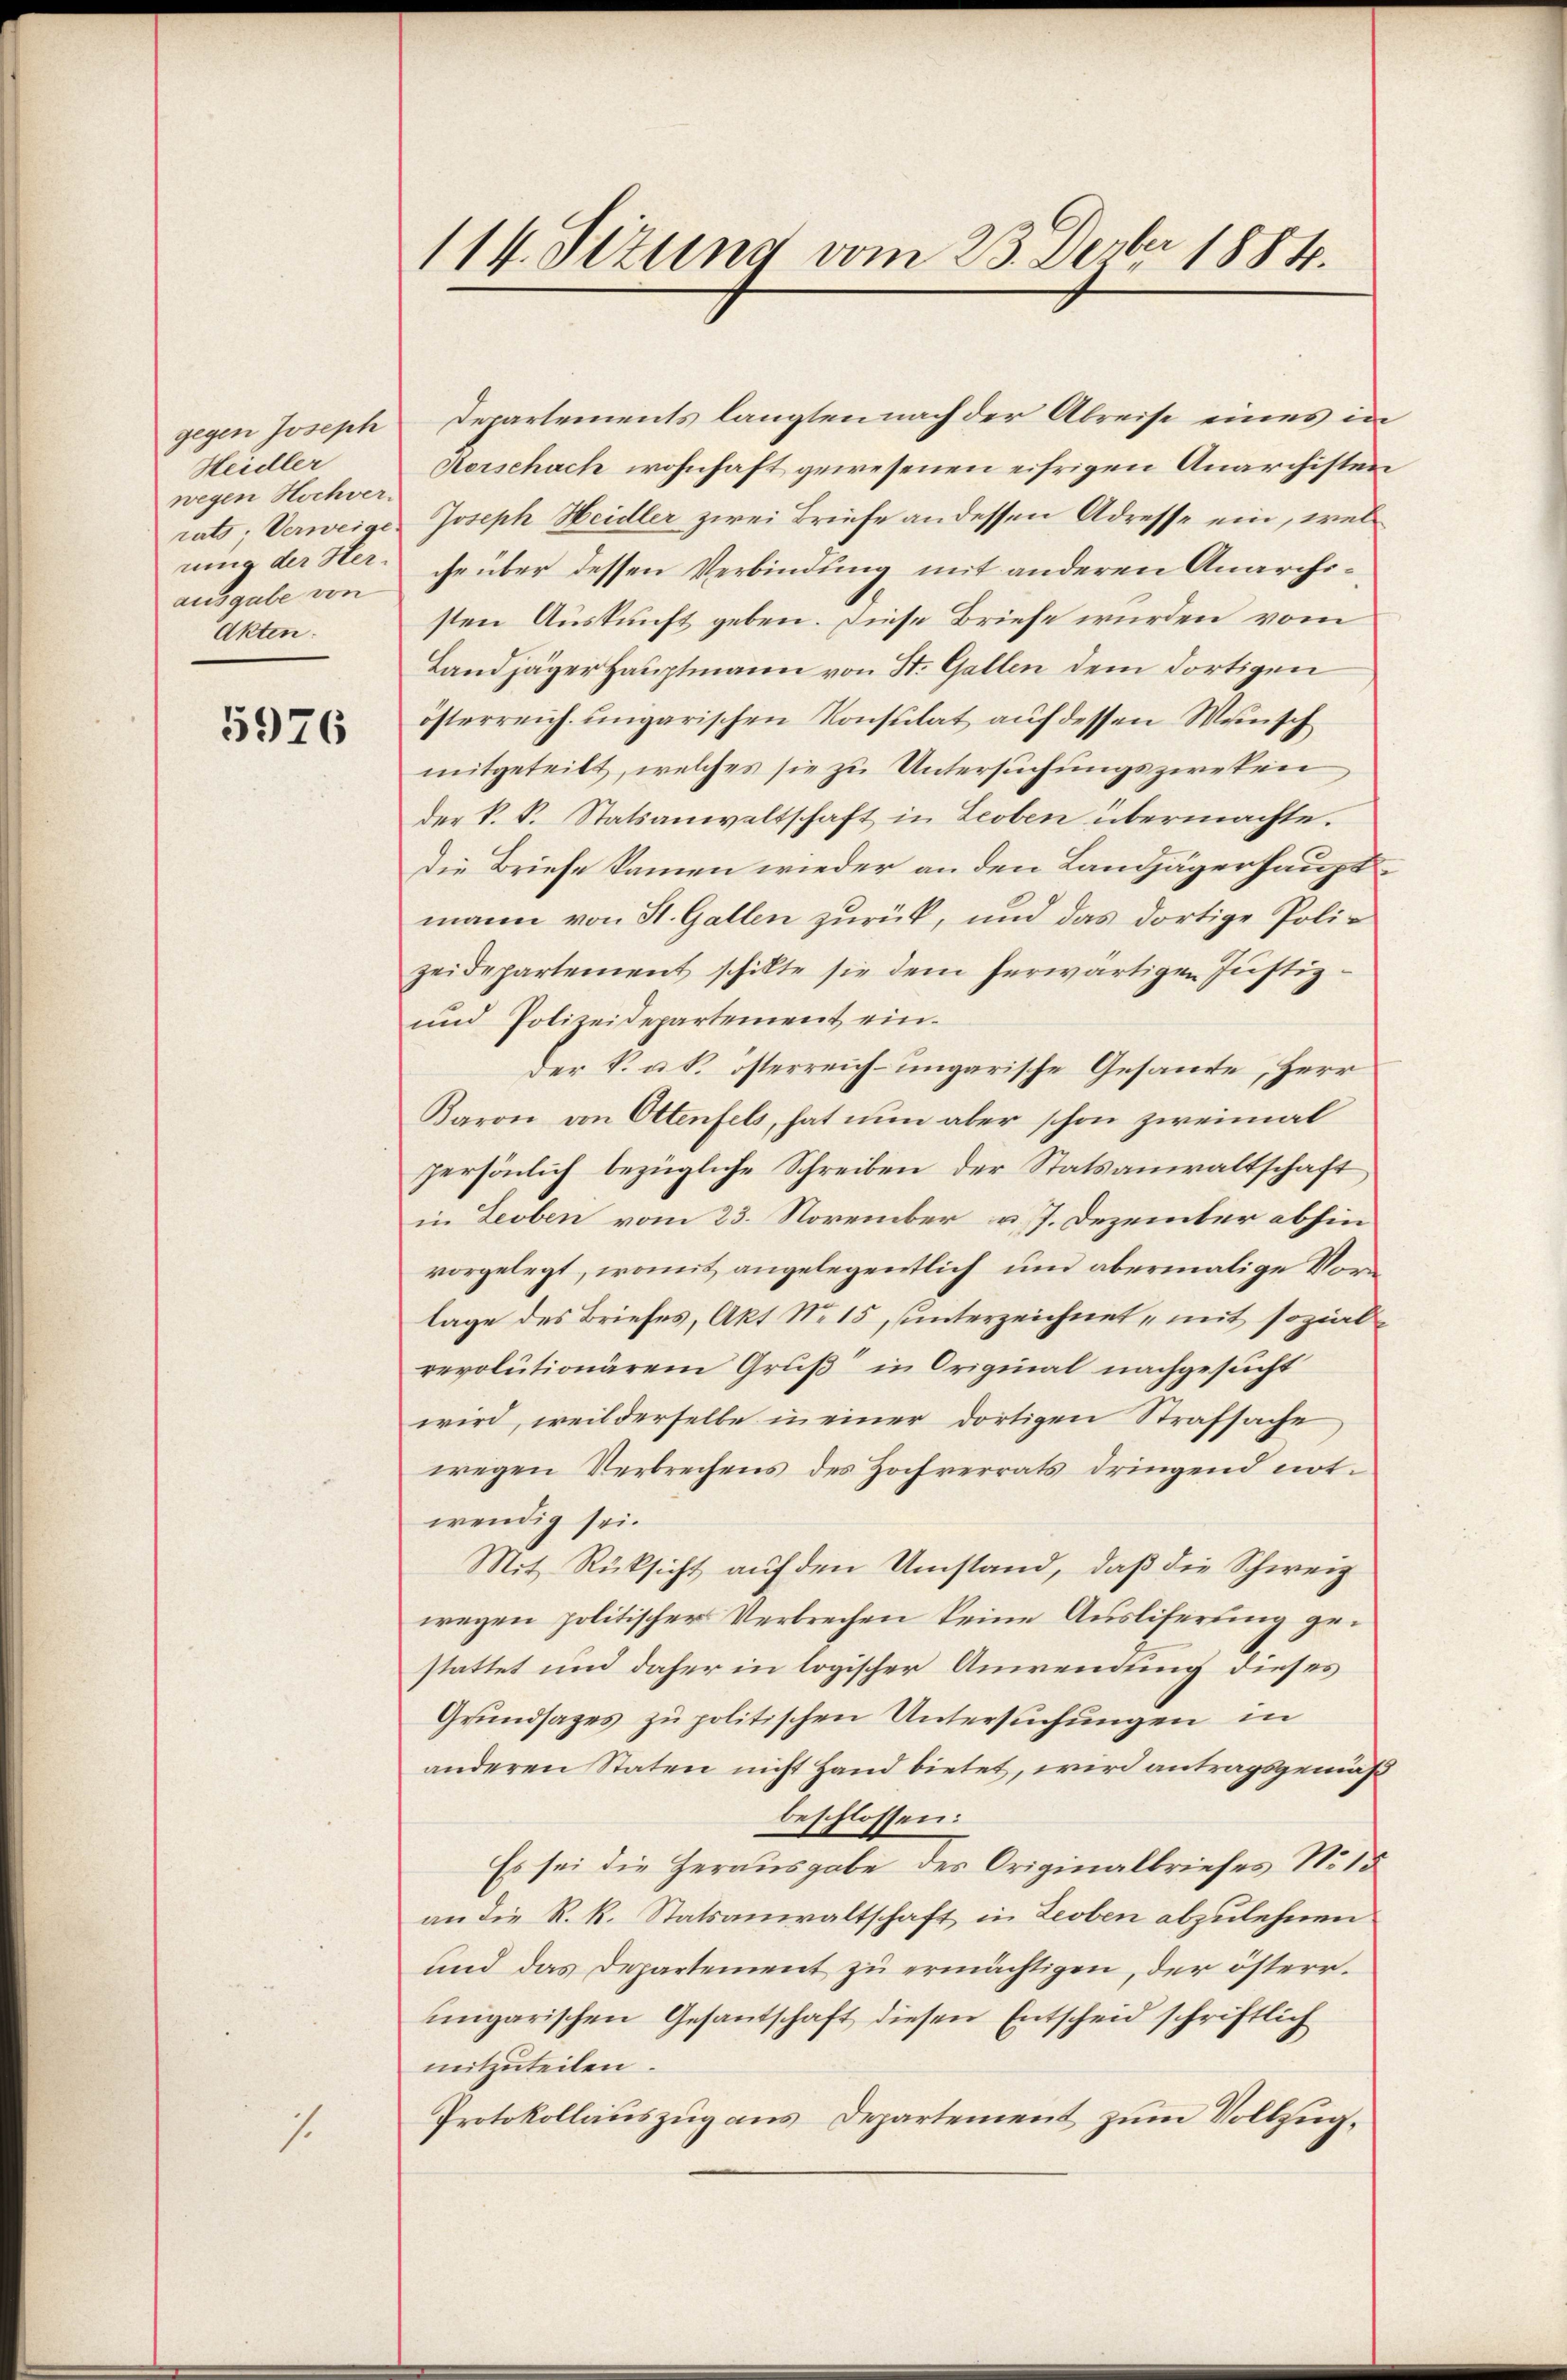
gegen Joseph
Heidler
wegen Hochverrats; Verweige
nung der Herausgabe von
Akten.

5976

s.

114. Sizung vom 23. Dezbr 1884.

Departements langten nach der Abreise eines in
Aerschach wohnhaft gewesenen eifrigen Anarchisten
Joseph Heidler zwei Briefe an dessen Adresse ein, wel
che über dessen Verbindung mit anderen Anarchisten Auskunft geben. Diese Briefe wurden vom
Landjäger Hauptmann von St. Gallen dem dortigen
österreich ungarischen Konsulat auf dessen Wunsch
mitgeteilt, welches sie zu Untersuchungszweken,
der k. k. Statsanwaltschaft in Leoben übermachte.
die Briefe kamen wieder an den Landjägerhauptmann von St. Gallen zurück, und das dortige Polizeidepartement schikte sie dem herwärtigen Justiz
und Polizeidepartement einder k. k. österreich-ungarische Gesamte, Herr
Baron von Ottenfels, hat nun aber schon zweimal
persönlich bezügliche Schreiben der Statsanwaltschaft,
in Leoben vom 23. November u. J. Dezember abhin
vorgelegt, womit angelegentlich und abermalige Vorlage des Briefes, Akt No 15, unterzeichnet mit sozialrevolutionärem Gruß in Original nachgesucht
wird, weil derselbe in einer dortigen Strafsache
wegen Verbrechens des Hochverrats dringend not-
wendig sei.
Mit Rücksicht auf den Umstand, daß die Schweiz
wegen politischer Verbrechen keine Ausliferung gestattet und daher in logischer Anwendung dieses
Grundsazes zu politischen Untersuchungen in
anderen Staten nicht Hand bietet, wird antragsgemäß
beschlossen:
Es sei die Herausgabe des Originalbriefes No 15
an die R. R. Statsanwaltschaft in Leoben abzulehnen
und das Departement zŭ ermächtigen, der österr.
ungarischen Gesantschaft diesen Entscheid schriftlich
mitzuteilen.
Protokollauszug aus Departement zum Vollzug¬